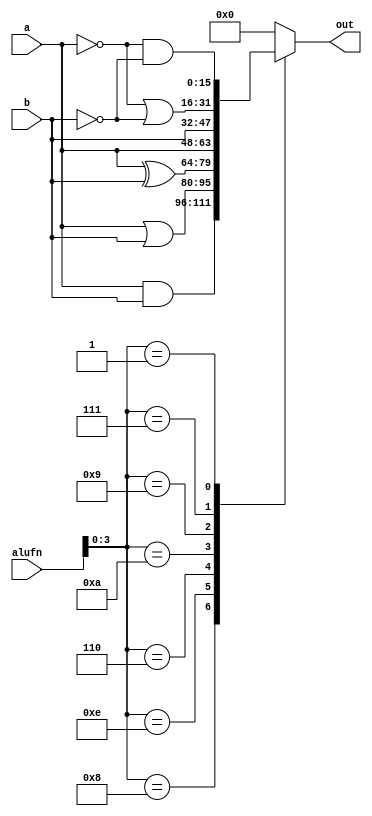
module boolean_16_17 (
    input [15:0] a,
    input [15:0] b,
    input [5:0] alufn,
    output reg [15:0] out
  );
  
  
  
  always @* begin
    
    case (alufn[0+3-:4])
      4'h8: begin
        out = a & b;
      end
      4'he: begin
        out = a | b;
      end
      4'h6: begin
        out = a ^ b;
      end
      4'ha: begin
        out = a;
      end
      4'h9: begin
        out = b;
      end
      4'h7: begin
        out = ~a | ~b;
      end
      4'h1: begin
        out = ~a & ~b;
      end
      default: begin
        out = 16'h0000;
      end
    endcase
  end
endmodule